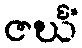
ဇင်္ဃံ